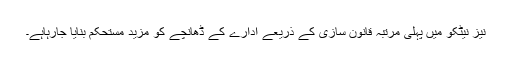
نیز نیٹکو میں پہلی مرتبہ قانون سازی کے ذریعے ادارے کے ڈھانچے کو مزید مستحکم بنایا جارہاہے۔